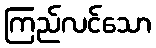
ကြည်လင်သော